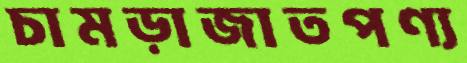
চামড়াজাতপণ্য